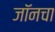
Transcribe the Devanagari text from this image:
जॉनचा